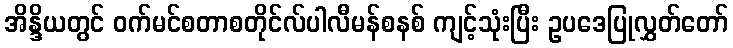
အိန္ဒိယတွင် ဝက်မင်စတာစတိုင်လ်ပါလီမန်စနစ် ကျင့်သုံးပြီး ဥပဒေပြုလွှတ်တော်